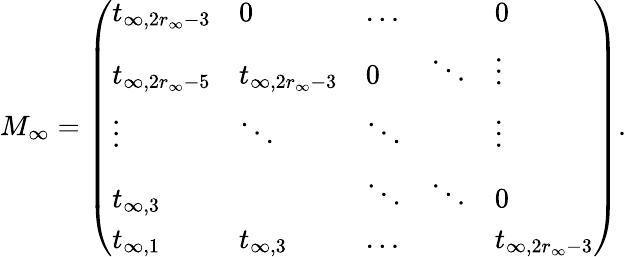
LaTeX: M_{\infty}=\left(\begin{array}{lllll}{t_{\infty,2r_{\infty}-3}}&{0}&{\dots}&&{0}\\ {t_{\infty,2r_{\infty}-5}}&{t_{\infty,2r_{\infty}-3}}&{0}&{\ddots}&{\vdots}\\ {\vdots}&{\ddots}&{\ddots}&&{\vdots}\\ {t_{\infty,3}}&&{\ddots}&{\ddots}&{0}\\ {t_{\infty,1}}&{t_{\infty,3}}&{\dots}&&{t_{\infty,2r_{\infty}-3}}\end{array}\right).